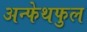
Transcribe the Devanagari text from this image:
अन्फेथफुल